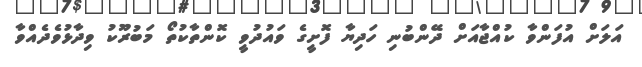
އަލަށް އުފަންވާ ކުއްޖާއަށް ދޭންބުނި ހަދިޔާ ފޮށީގެ ވައުދުވީ ކޮންތާކުތޯ މަބުރޫކު ވިދާޅުވެދެއްވާ